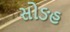
સોઙહ